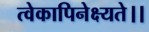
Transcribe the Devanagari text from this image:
त्वेकापिनेक्ष्यते।।